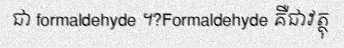
ជា formaldehyde ។?Formaldehyde គឺជាវត្ថុ